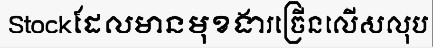
Stockដែលមានមុខងារច្រើនលើសលុប